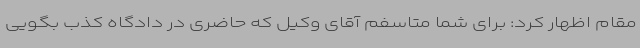
مقام اظهار کرد: برای شما متاسفم آقای وکیل که حاضری در دادگاه کذب بگویی